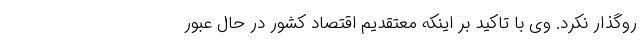
روگذار نکرد. وی با تاکید بر اینکه معتقدیم اقتصاد کشور در حال عبور